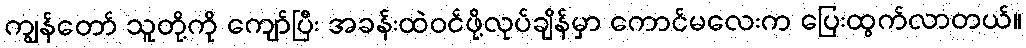
ကျွန်တော် သူတို့ကို ကျော်ပြီး အခန်းထဲဝင်ဖို့လုပ်ချိန်မှာ ကောင်မလေးက ပြေးထွက်လာတယ်။